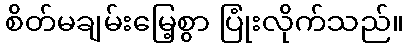
စိတ်မချမ်းမြေ့စွာ ပြုံးလိုက်သည်။